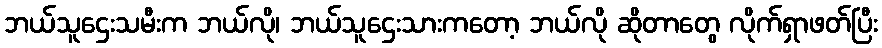
ဘယ်သူဌေးသမီးက ဘယ်လို၊ ဘယ်သူဌေးသားကတော့ ဘယ်လို ဆိုတာတွေ လိုက်ရှာဖတ်ပြီး